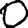
Digit: 0